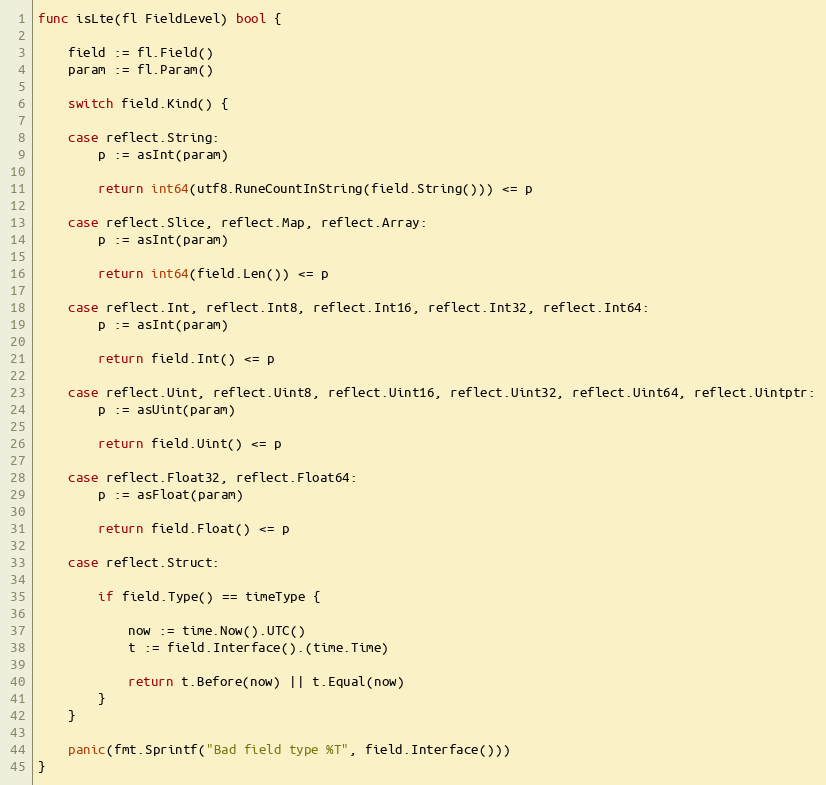
Language: Go
func isLte(fl FieldLevel) bool {

	field := fl.Field()
	param := fl.Param()

	switch field.Kind() {

	case reflect.String:
		p := asInt(param)

		return int64(utf8.RuneCountInString(field.String())) <= p

	case reflect.Slice, reflect.Map, reflect.Array:
		p := asInt(param)

		return int64(field.Len()) <= p

	case reflect.Int, reflect.Int8, reflect.Int16, reflect.Int32, reflect.Int64:
		p := asInt(param)

		return field.Int() <= p

	case reflect.Uint, reflect.Uint8, reflect.Uint16, reflect.Uint32, reflect.Uint64, reflect.Uintptr:
		p := asUint(param)

		return field.Uint() <= p

	case reflect.Float32, reflect.Float64:
		p := asFloat(param)

		return field.Float() <= p

	case reflect.Struct:

		if field.Type() == timeType {

			now := time.Now().UTC()
			t := field.Interface().(time.Time)

			return t.Before(now) || t.Equal(now)
		}
	}

	panic(fmt.Sprintf("Bad field type %T", field.Interface()))
}